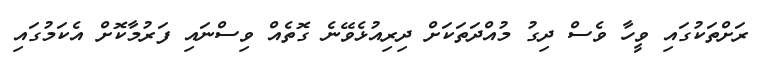
ރަށްތަކުގައި ވީހާ ވެސް ދިގު މުއްދަތަކަށް ދިރިއުޅެވޭނެ ގޮތެއް ވިސްނައި ފަރުމާކޮށް އެކަމުގައި